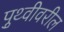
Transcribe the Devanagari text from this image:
पृुथ्वीवरील